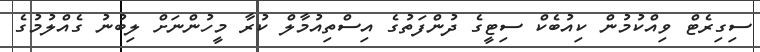
ސިގިރެޓް ވިއްކުމުން ކިއުބެކް ސިޓީގެ ދުންފަތުގެ އިސްތިއުމާލް ކުރާ މީހުންނަށް ލިބުނު ގެއްލުމުގެ